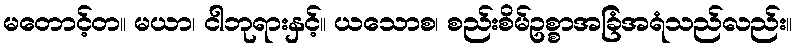
မတောင့်တ။ မယာ၊ ငါဘုရားနှင့်။ ယသောစ၊ စည်းစိမ်ဥစ္စာအခြံအရံသည်လည်း။